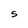
Character: S